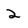
Character: 2